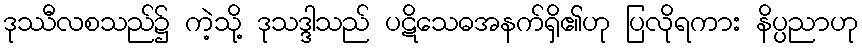
ဒုဿီလစသည်၌ ကဲ့သို့ ဒုသဒ္ဒါသည် ပဋိသေဓအနက်ရှိ၏ဟု ပြလိုရကား နိပ္ပညာဟု